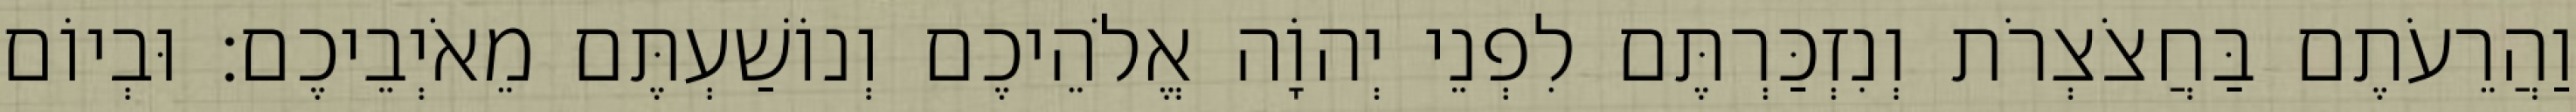
וַהֲרֵעֹתֶם בַּחֲצֹצְרֹת וְנִזְכַּרְתֶּם לִפְנֵי יְהוָֹה אֱלֹהֵיכֶם וְנוֹשַׁעְתֶּם מֵאֹיְבֵיכֶם׃ וּבְיוֹם